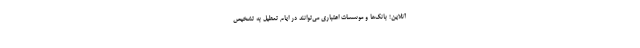
آنلاین؛ بانک‌ها و موسسات اعتباری می‌توانند در ایام تعطیل به تشخیص